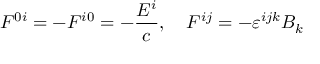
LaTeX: F ^ { 0 i } = - F ^ { i 0 } = - { \frac { E ^ { i } } { c } } , \quad F ^ { i j } = - \varepsilon ^ { i j k } B _ { k }